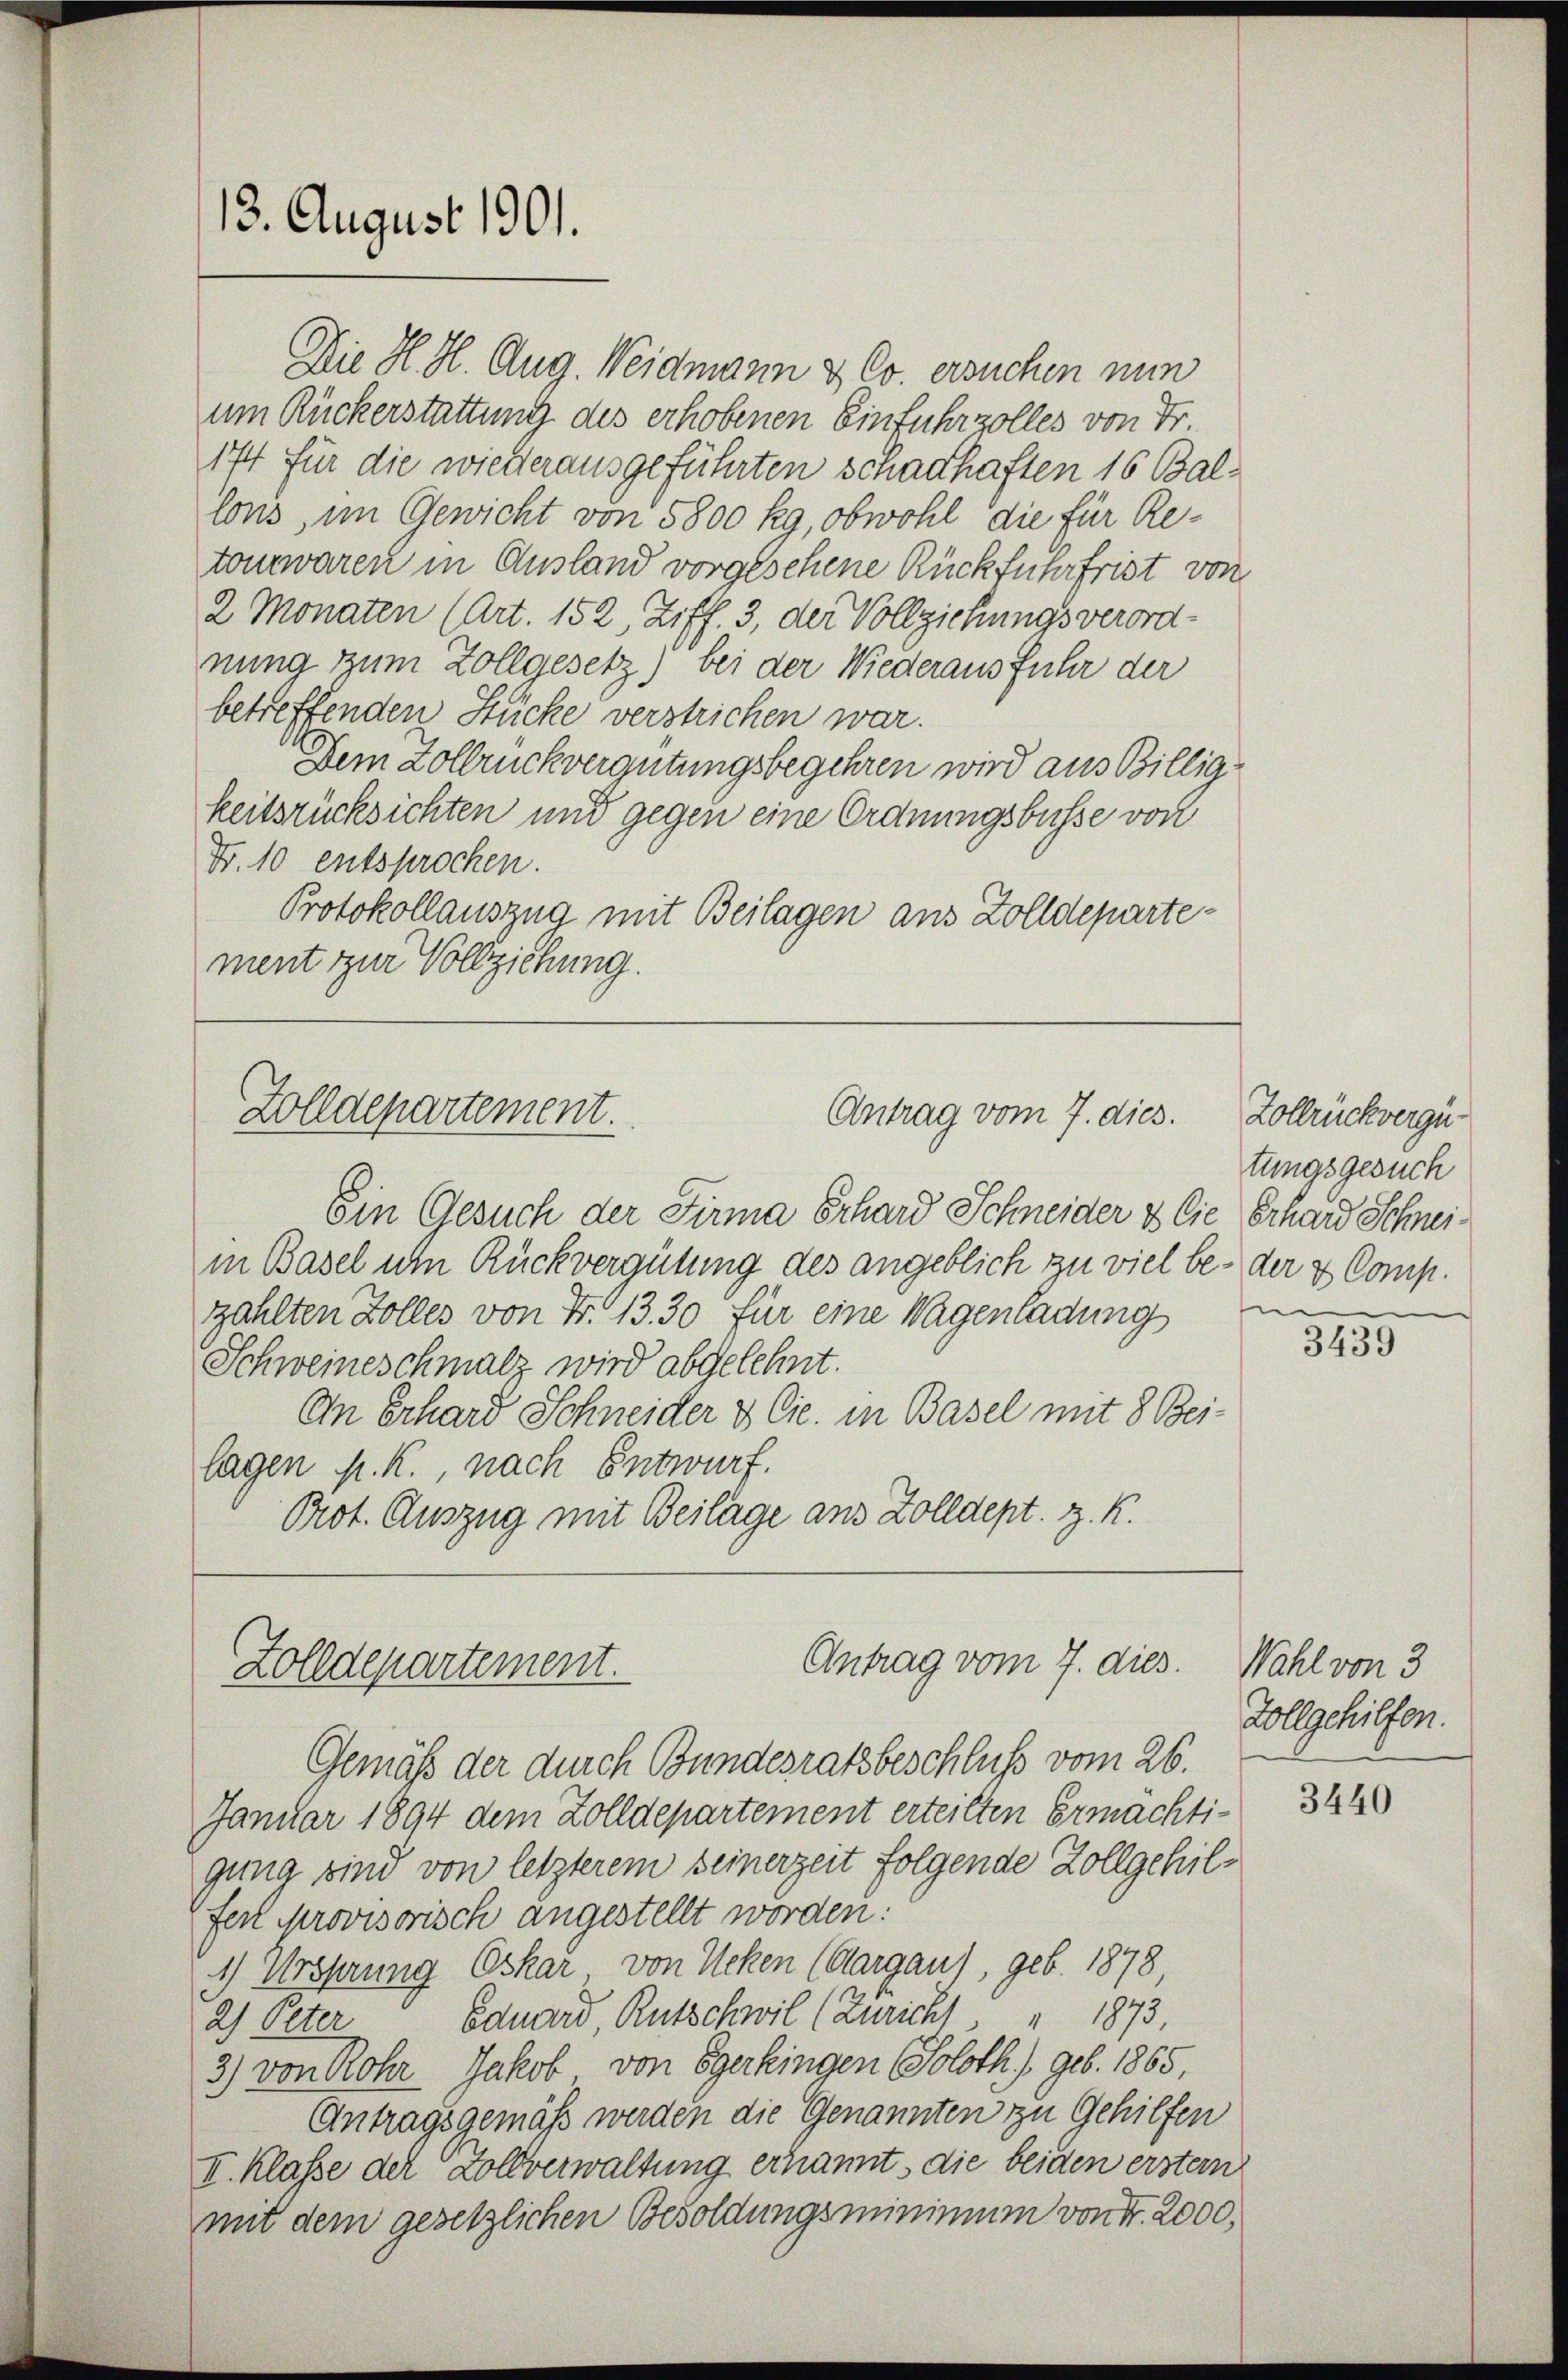
13. August 1901.

Die H. H. Aug. Weidmann & Co. ersuchen nun
um Ruckerstattung des erhobenen Einfuhrzolles von Fr
144 für die wiederausgeführten schadhaften 16 Ballons, im Gewicht von 5800 kg, obwohl die für Retomwaren in Ausland vorgesehene Rückfuhr frist von
2 Monaten (Art. 152, Ziff. 3, der Vollziehungsverordnung zum Zollgesetz) bei der Wiederaus fuhr der
betreffenden Stücke verstrichen war.
Dem Zollbrückvergütungsbegehren wird aus Billigkeitsrücksichten und gegen eine Ordnungsbusse von
Fr. 10 entsprochen.
Protokollauszug mit Beilagen aus Zolldepartement zur Vollziehung.

Zolldepartement.
Antrag vom 7. dies.

Antrag vom 7. dies
Zolldepartement.

Ein Gesuch der Firma Erhard Schneider & Cie Erhard Schneiin Basel um Rückvergütung des angeblich zu viel be- der & Comp.
zählten Zolles von N. 1330 für eine Wagenladung
Schweineschmalz wird abgelehnt.
An Erhard Schneider & Cie. in Basel mit 8 Bei-
lagen K. K., nach Entwurf.
Prot. Auszug mit Beilage aus Zolldept. z. K.

Gemäß der durch Bundesratsbeschluß vom 26.
Januar 1894 dem Zolldepartement erteilten Ermachtigung sin von letzterem seinerzeit folgende Zollgehilferl Provisorisch angestellt worden:
1) Ursprung Oskar von Neken (Aargau), geb. 1878
2) Elter Eduard, Rutschwil (Züricht " " 1873.
3) von Rohr Jakob von Egerkingen Soloth. /. geb. 1865,
Antragsgemäß werden die Genannten zu Gehilfen
II. Klasse der Zollverwaltung ernannt, die beiden erstem
mit dem gesetzlichen Besoldungsminimum von Fr. 2000,

Zollbrückvergütungsgesuch
n

3439

Wahl von 3
Vollgehilfen.

3440